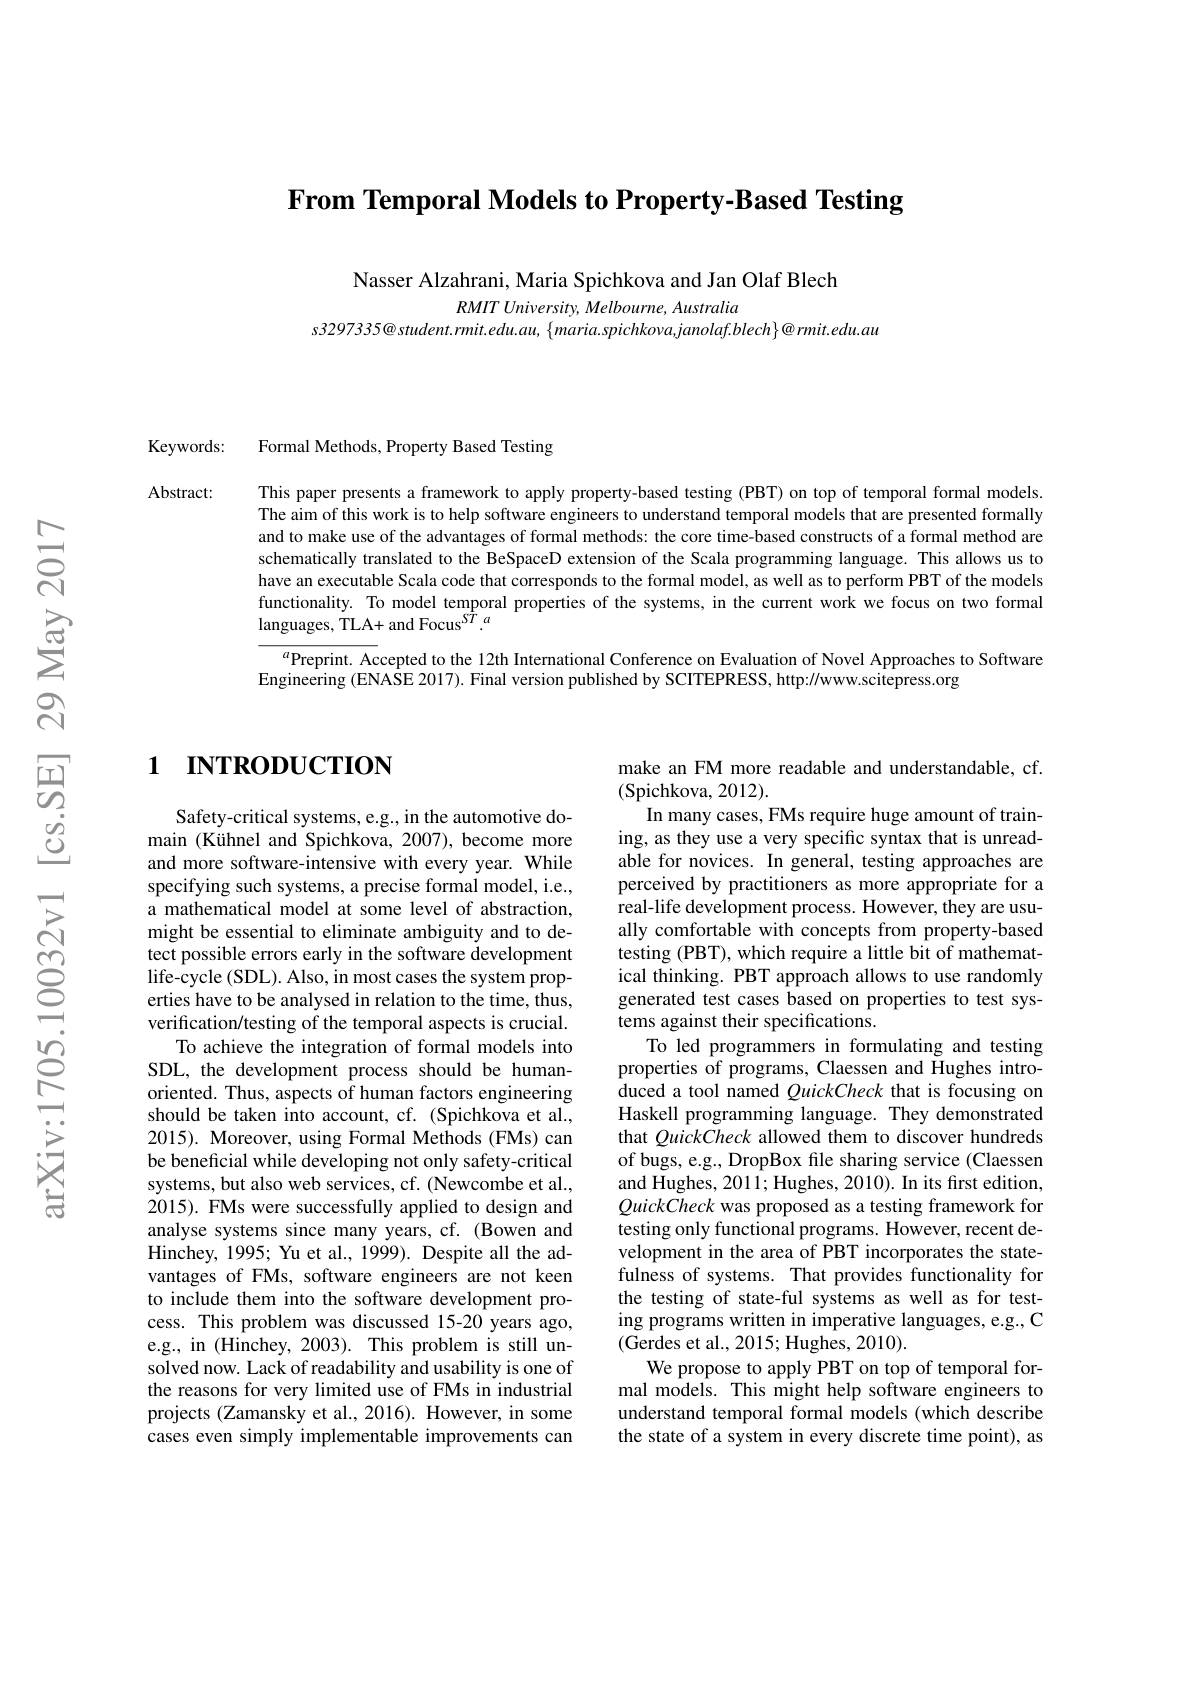
From Temporal Models to Property-Based Testing

Nasser Alzahrani, Maria Spichkova and Jan Olaf Blech

$RMITUniversity,Melbourne,Australia$
s3297335@ student.rmit.edu.au, $\{maria.spichkova,janolaf.blech\}@rmit.edu.au$

Keywords:

Abstract:

Formal Methods, Property Based Testing

This paper presents a framework to apply property-based testing (PBT) on top of temporal formal models. The aim of this work is to help software engineers to understand temporal models that are presented formally and to make use of the advantages of formal methods: the core time-based constructs of a formal method are schematically translated to the BeSpaceD extension of the Scala programming language. This allows us to have an executable Scala code that corresponds to the formal model, as well as to perform PBT of the models functionality. To model temporal properties of the systems, in the current work we focus on two formal languages, TLA+ and Focus$^{ST}.^{a}$
$^{a}$Preprint. Accepted to the 12th International Conference on Evaluation of Novel Approaches to Software
$\dot{\text{Engineering (ENASE 2017).Final version published by SCITEPRESS, http:}}//www.scitepress.org$

# 1 INTRODUCTION

Safety-critical systems, e.g., in the automotive domain (Kühnel and Spichkova, 2007), become more and more software-intensive with every year. While specifying such systems, a precise formal model, i.e., a mathematical model at some level of abstraction, might be essential to eliminate ambiguity and to detect possible errors early in the software development $life-cycle(SDL).Also,inmostcasesthesystemprop-$ erties have to be analysed in relation to the time, thus, verification/testing of the temporal aspects is crucial.
To achieve the integration of formal models into SDL, the development process should be humanoriented. Thus, aspects of human factors engineering should be taken into account, cf. (Spichkova et al., 2015). Moreover, using Formal Methods (FMs) can be beneficial while developing not only safety-critical systems, but also web services, cf. (Newcombe et al., 2015). FMs were successfully applied to design and analyse systems since many years, cf. (Bowen and Hinchey, 1995; Yu et al., 1999). Despite all the advantages of FMs, software engineers are not keen to include them into the software development process. This problem was discussed 15-20 years ago, e.g., in (Hinchey, 2003). This problem is still unsolved now. Lack of readability and usability is one of the reasons for very limited use of FMs in industrial projects (Zamansky et al., 2016). However, in some cases even simply implementable improvements can

make an FM more readable and understandable, cf.
(Spichkova, 2012).
In many cases, FMs require huge amount of training, as they use a very specific syntax that is unreadable for novices. In general, testing approaches are perceived by practitioners as more appropriate for a real-life development process. However, they are usually comfortable with concepts from property-based testing (PBT), which require a little bit of mathematical thinking. PBT approach allows to use randomly generated test cases based on properties to test systems against their specifications.
To led programmers in formulating and testing properties of programs, Claessen and Hughes introduced a tool named QuickCheck that is focusing on Haskell programming language. They demonstrated that QuickCheck allowed them to discover hundreds of bugs, e.g., DropBox file sharing service (Claessen and Hughes, 2011; Hughes, 2010). In its first edition, QuickCheck was proposed as a testing framework for testing only functional programs. However, recent development in the area of PBT incorporates the statefulness of systems. That provides functionality for the testing of state-ful systems as well as for testing programs written in imperative languages, e.g., C (Gerdes et al., 2015; Hughes, 2010).
We propose to apply PBT on top of temporal formal models. This might help software engineers to understand temporal formal models (which describe the state of a system in every discrete time point), as